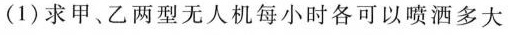
(1)求甲。乙两型无人机每小时各可以喷洒多大